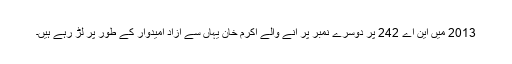
2013 میں این اے 242 پر دوسرے نمبر پر آنے والے اکرم خان یہاں سے آزاد امیدوار کے طور پر لڑ رہے ہیں۔